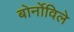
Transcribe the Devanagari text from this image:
बोर्नोविले